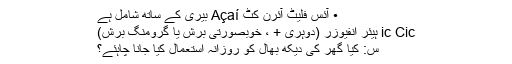
• آئس فلیٹ آئرن کٹ Açaí بیری کے ساتھ شامل ہے
ic Cic ہیئر انفیوزر (دوہری + ، خوبصورتی برش یا گرومنگ برش)
س: کیا گھر کی دیکھ بھال کو روزانہ استعمال کیا جانا چاہئے؟